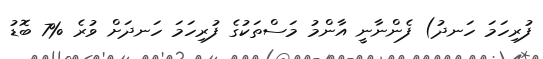
ފުރިހަމަ ހަނދު) ފެންނާނީ އާންމު މަސްތަކުގެ ފުރިހަމަ ހަނދަށް ވުރެ %7 ބޮޑު